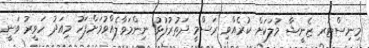
މިނިސްޓަރ ޒެނީޝާ މުލަކަށް ކުރެއްވި ރަސްމީ ދަތުރުފުޅު ނިންމަވާލެއްވުމަށްފަހު މިއަދު ހަވީރު ވަނީ